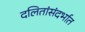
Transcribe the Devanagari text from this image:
दलितांसंदर्भात